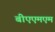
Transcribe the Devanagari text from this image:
बीएएमएम